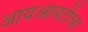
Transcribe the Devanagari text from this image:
आयआयटीचा